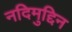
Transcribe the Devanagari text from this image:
नदिमुद्दिन